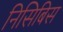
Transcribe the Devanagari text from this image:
निसिबिस